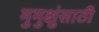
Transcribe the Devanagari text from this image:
मुमुक्षुंसाठी